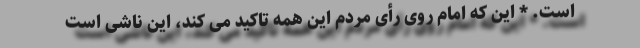
است. * این که امام روی رأی مردم این همه تاکید می کند، این ناشی است